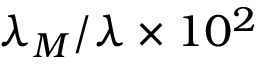
\lambda _ { M } / \lambda \times 1 0 ^ { 2 }